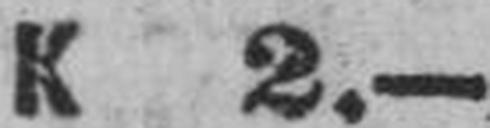
K 2.—